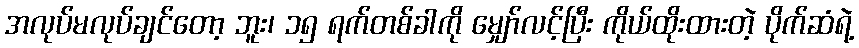
အလုပ်မလုပ်ချင်တော့ ဘူး၊ ၁၅ ရက်တစ်ခါကို မျှော်လင့်ပြီး ကိုယ်ထိုးထားတဲ့ ပိုက်ဆံရဲ့